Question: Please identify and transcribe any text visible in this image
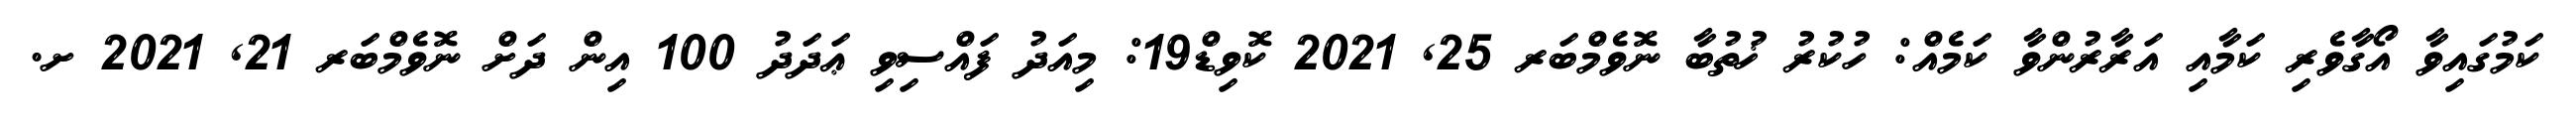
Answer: ކަމުގައިވާ އޯގާވެރި ކަމާއި އަރާރުންވާ ކަމެއް: ހުކުރު ޚުތުބާ ނޮވެމްބަރ 25, 2021 ކޮވިޑް19: މިއަދު ފައްސިވި ޢަދަދު 100 އިން ދަށް ނޮވެމްބަރ 21, 2021 ށ.